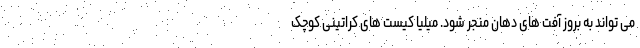
می تواند به بروز آفت های دهان منجر شود. میلیا کیست های کراتینی کوچک